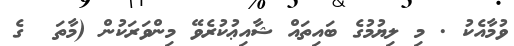
ވުމާއެކު . މި ލިޔުމުގެ ބައިތައް ޝާއިޢުކުރެވޭ މިންވަރަކުން (މާތަ  ގެ